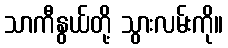
သာကီနွယ်တို့ သွားလမ်းကို။